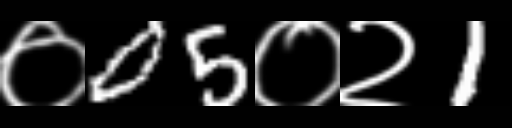
Text: ०05०२1